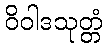
ဝိဝါဒသုတ္တံ